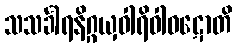
သသင်္ခါရနိဂ္ဂယှဝါရိဝါဝဋောတိ